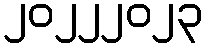
၂၀၂၂၂၀၂၃